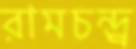
রামচন্দ্র্র